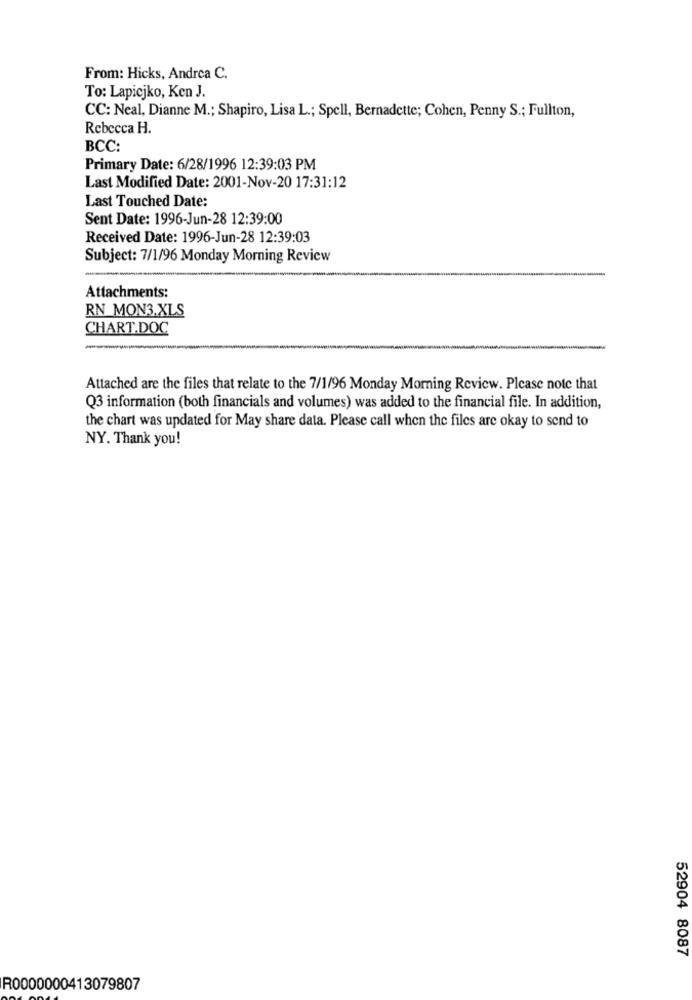
From: Hicks, Andrea C.
To: Lapicjko, Ken J.
CC: Neal, Dianne M .; Shapiro, Lisa L .; Spell, Bernadette; Cohen, Penny S .; Fullton,
Rebecca H.
BCC:
Primary Date: 6/28/1996 12:39:03 PM
Last Modified Date: 2001-Nov-20 17:31:12
Last Touched Date:
Sent Date: 1996-Jun-28 12:39:00
Received Date: 1996-Jun-28 12:39:03
Subject: 7/1/96 Monday Morning Review
Attachments:
RN_MON3.XLS
CHART.DOC
Attached are the files that relate to the 7/1/96 Monday Morning Review. Please note that
Q3 information (both financials and volumes) was added to the financial file. In addition,
the chart was updated for May share data. Please call when the files are okay to send to
NY. Thank you!
52904 8087
R0000000413079807